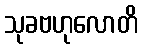
သုခဗဟုလောတိ